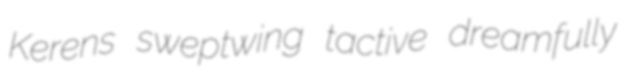
Kerens sweptwing tactive dreamfully